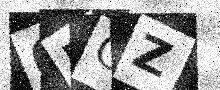
Text: 0BCZ